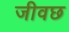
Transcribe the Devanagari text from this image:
जीवछ